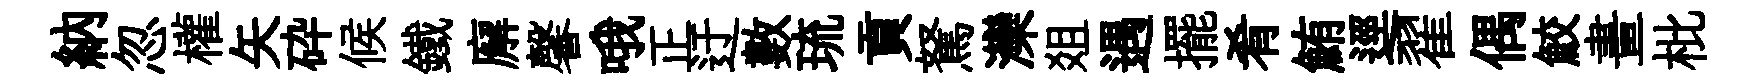
納忽權矢砕候鐵廨馨哦正迂數琉貢駑灤爼遇擺肴鮪逕翟偶鮫畫枇